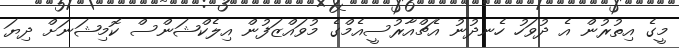
މީގެ އިތުރުން އެ ދުވަހު ހެނދުނު އެޗްއާރުސީއެމްގެ މުވައްޒަފުން އިލެކްޝަންސް ކޮމިޝަނަށް ދިޔަ